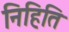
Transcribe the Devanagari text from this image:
निहिति